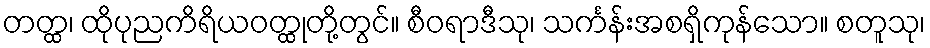
တတ္ထ၊ ထိုပုညကိရိယဝတ္ထုတို့တွင်။ စီဝရာဒီသု၊ သင်္ကန်းအစရှိကုန်သော။ စတူသု၊